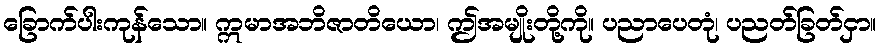
ခြောက်ပါးကုန်သော။ ဣမာအဘိဇာတိယော၊ ဤအမျိုးတို့ကို။ ပညာပေတုံ၊ ပညတ်ခြတ်ငှာ။